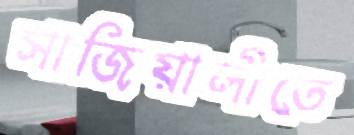
সাজিয়ালীতে